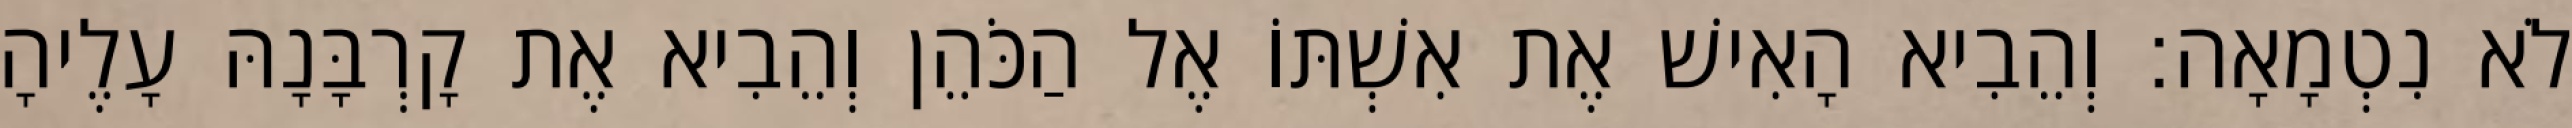
לֹא נִטְמָאָה׃ וְהֵבִיא הָאִישׁ אֶת אִשְׁתּוֹ אֶל הַכֹּהֵן וְהֵבִיא אֶת קָרְבָּנָהּ עָלֶיהָ